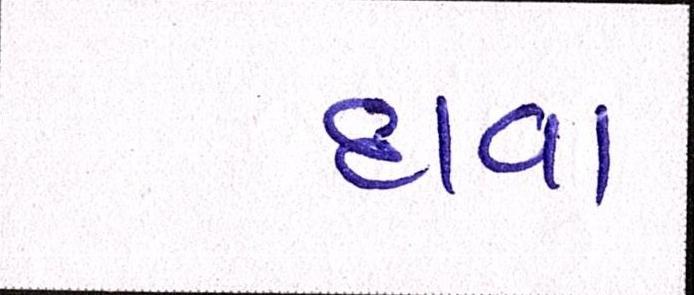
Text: દાવા